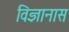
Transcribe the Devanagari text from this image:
विज्ञानास